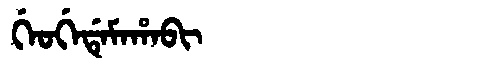
Manchu: ᡤᡝᠣᡤᡝᡩᡝᠮᠠᡥᠠᠪᡳ
Romanization: GEOGEDEMAHABI